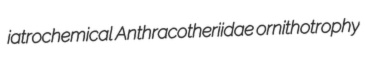
iatrochemical Anthracotheriidae ornithotrophy